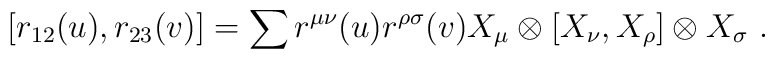
[r_{12}(u),r_{23}(v)]=\sum r^{\mu\nu}(u)r^{\rho\sigma}(v)X_\mu\otimes[X_\nu,X_\rho]\otimes X_\sigma~.